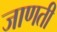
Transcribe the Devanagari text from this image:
जाणती